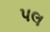
પલ